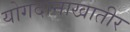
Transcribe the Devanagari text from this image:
योगदानाखातीर